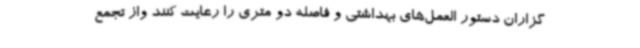
گزاران دستور العمل‌های بهداشتی و فاصله دو متری را رعایت کنند واز تجمع